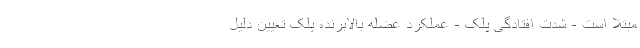
مبتلا است - شدت افتادگی پلک - عملکرد عضله بالابرنده پلک تعیین دلیل